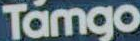
Tamgo